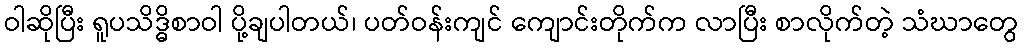
ဝါဆိုပြီး ရူပသိဒ္ဓိစာဝါ ပို့ချပါတယ်၊ ပတ်ဝန်းကျင် ကျောင်းတိုက်က လာပြီး စာလိုက်တဲ့ သံဃာတွေ